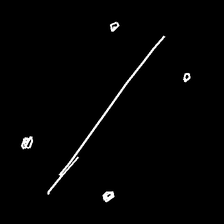
Glyph: cool